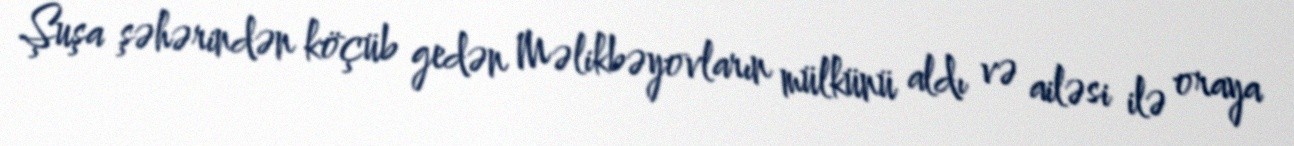
Şuşa şəhərindən köçüb gedən Məlikbəyovların mülkünü aldı və ailəsi ilə oraya